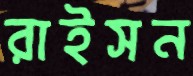
রাইসন